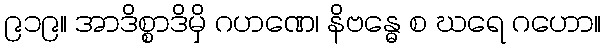
၉၁၉။ အာဒိစ္စာဒိမှိ ဂဟဏေ၊ နိဗန္ဓေ စ ဃရေ ဂဟော။